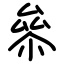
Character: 㕘